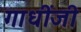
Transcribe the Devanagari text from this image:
गाधींजी